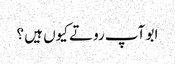
ابو آپ روتے کیوں ہیں ؟